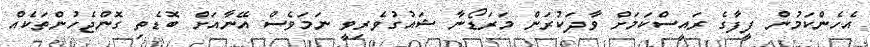
އެހެންކަމުން ފީފާގެ ރައީސްކަމަށް ވާދަކުރަން މަރަޑޯނާ ޝައުގުވެރިވީ ނަމަވެސް އޭނާއަށް ބޮޑެތި ގޮންޖެހުންތަކެއް